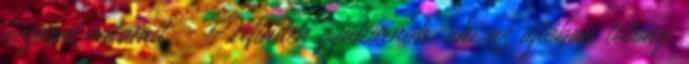
kezdeni valamit. - Minden gyakornok, aki az ajtóban tolong,